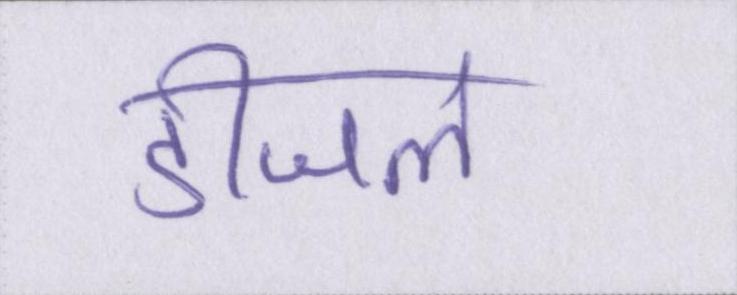
डीजल